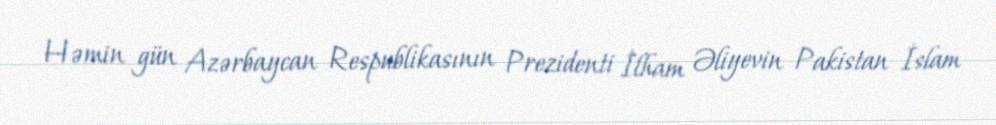
Həmin gün Azərbaycan Respublikasının Prezidenti İlham Əliyevin Pakistan İslam